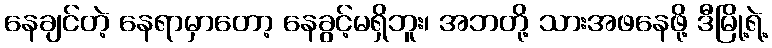
နေချင်တဲ့ နေရာမှာတော့ နေခွင့်မရှိဘူး၊ အဘတို့ သားအဖနေဖို့ ဒီမြို့ရဲ့